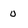
Character: 0